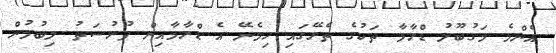
އެންމެ މަގުބޫލު ޑްރާމާ ތަކުގެ ތެރޭގައި ހިމެނޭ އެ ޑްރާމާއިން ފުރުސަތު ލިބުމުން